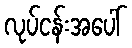
လုပ်ငန်းအပေါ်